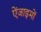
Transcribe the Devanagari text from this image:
ऐंजाइमों